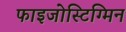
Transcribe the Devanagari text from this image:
फाइजोस्टिग्मिन